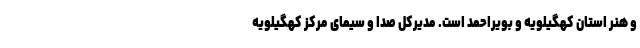
و هنر استان کهگیلویه و بویراحمد است. مدیرکل صدا و سیمای مرکز کهگیلویه